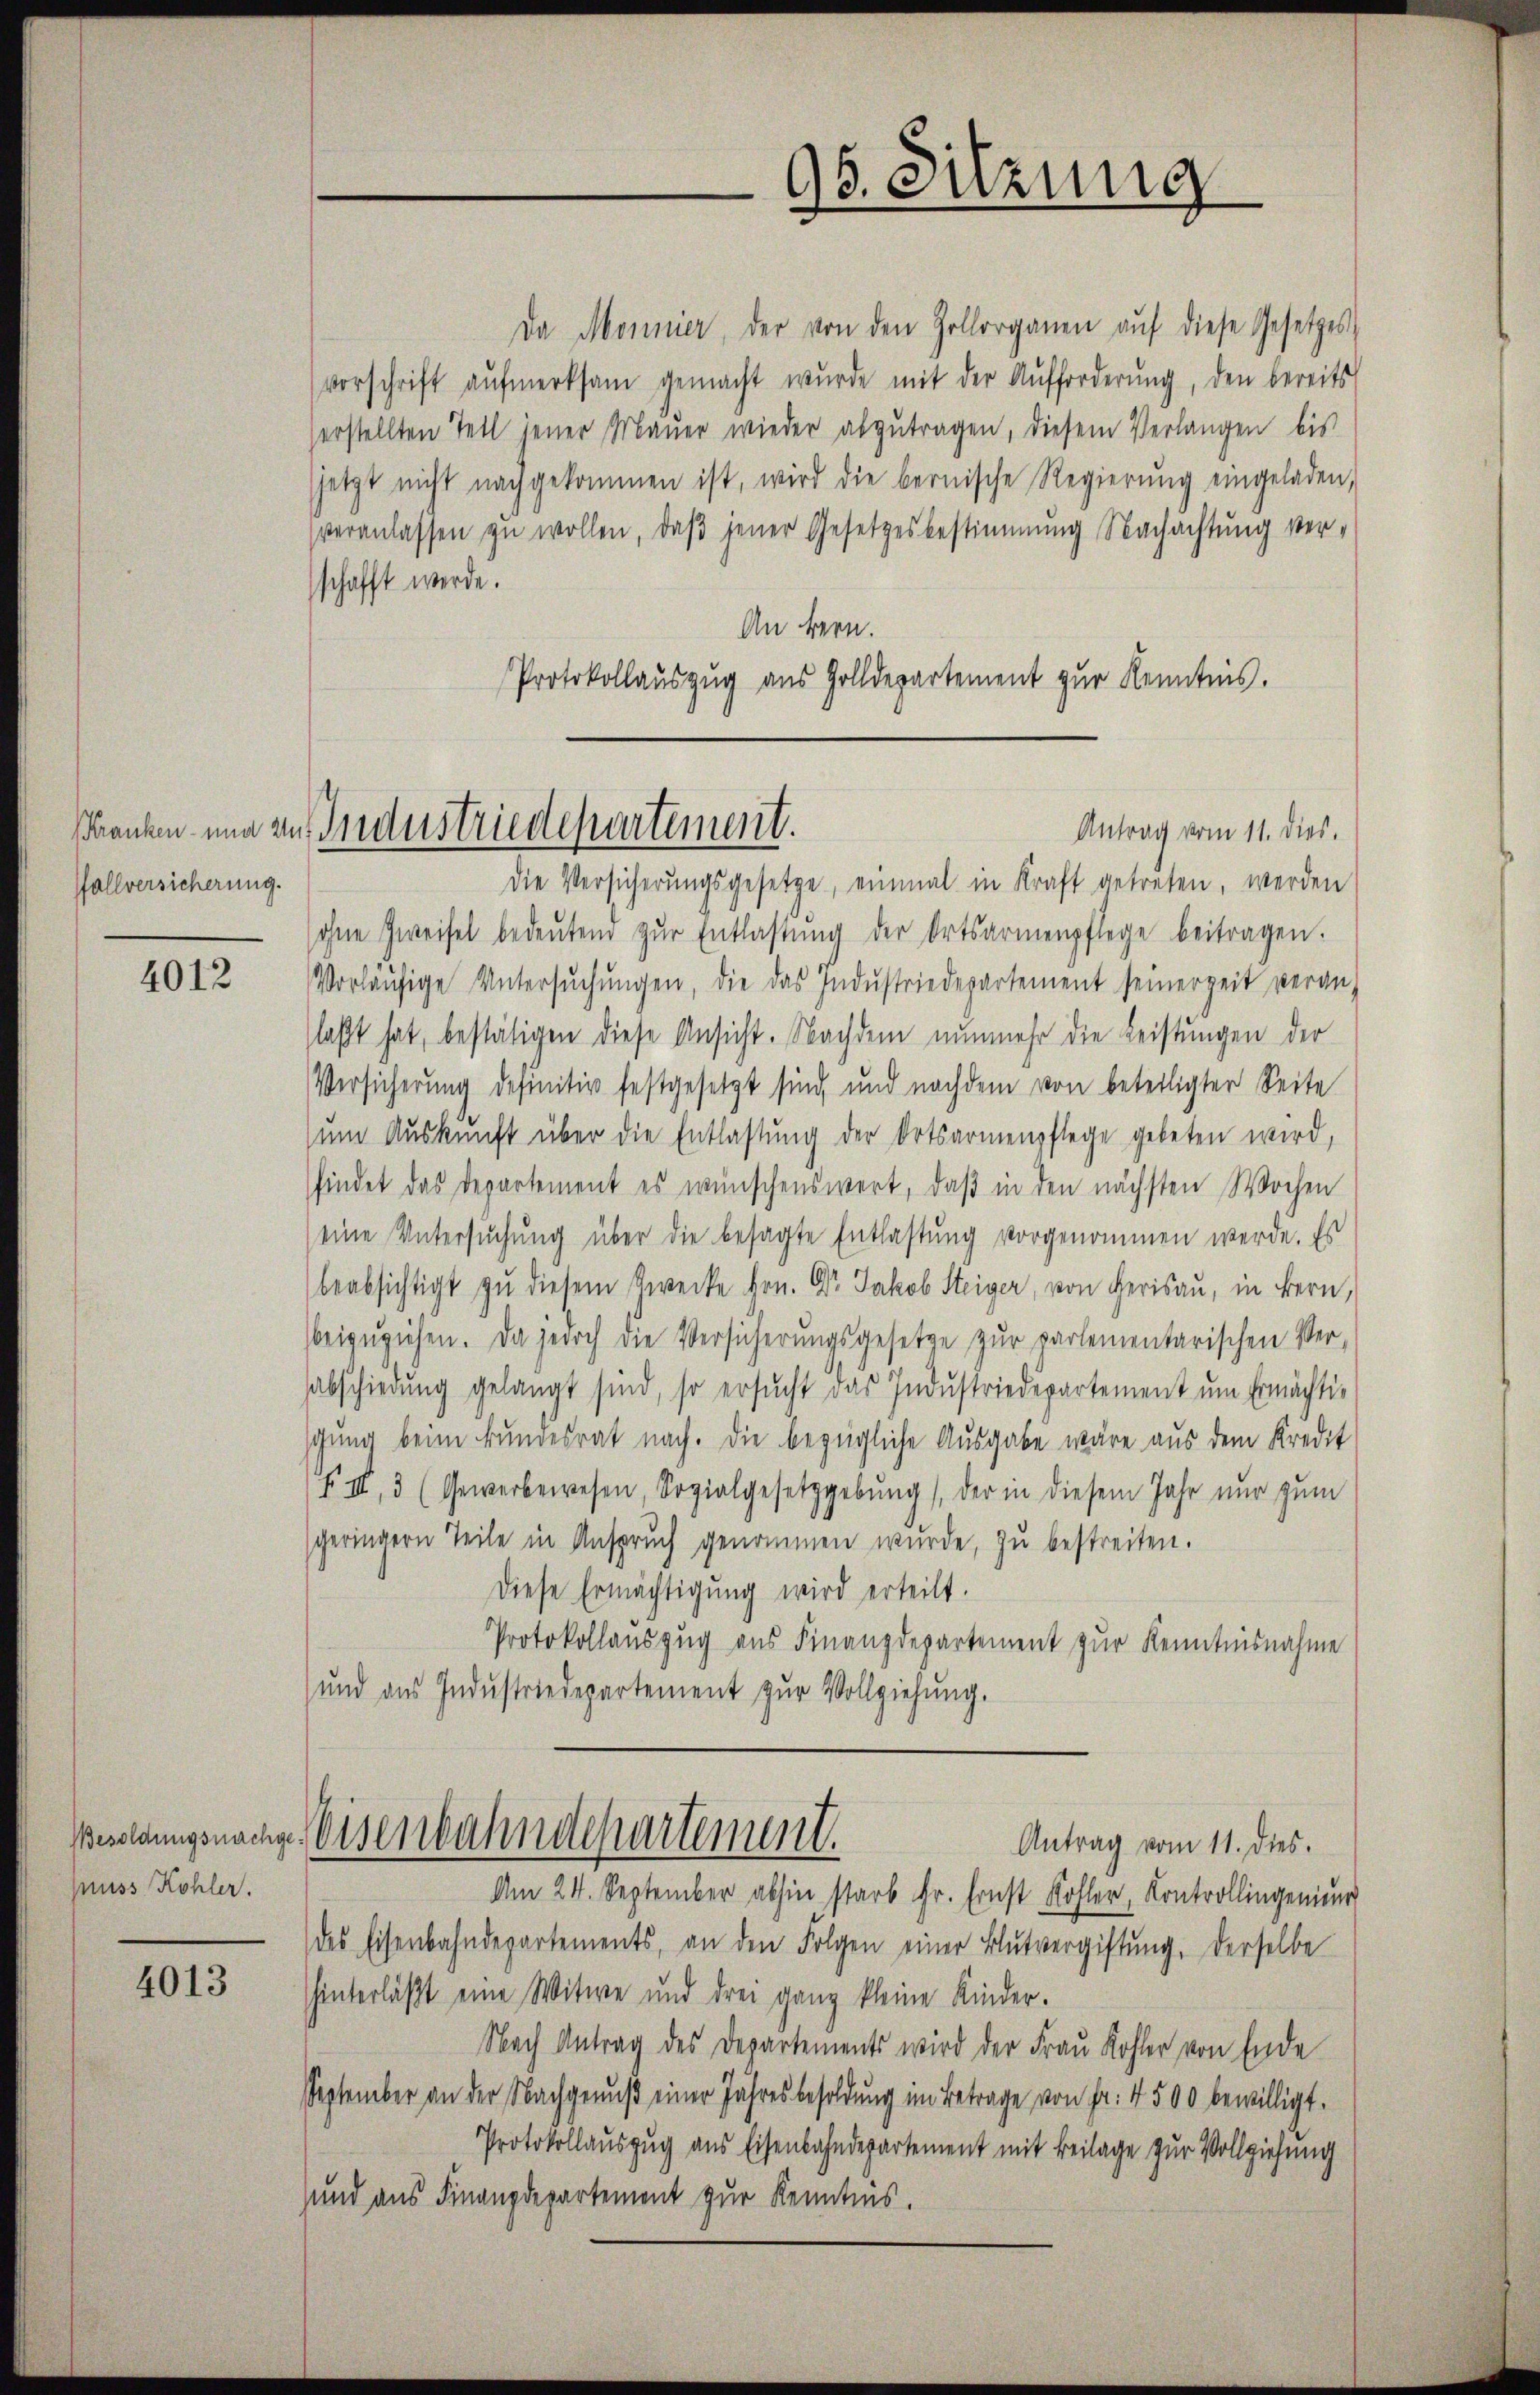
Kranken- und zu
allversicherung.

4012

Besoldungsnachge
nuss Kohler.

4013

Da Monnier, der von den Zollorganen aŭf diese Gesetzes
vorschrift aŭfmerksam gemacht wŭrde mit der Aŭfforderŭng, den bereits
erstellten Teil jener Maŭer wieder abzŭtragen, diesem Verlangen bis
jetzt nicht nachgekommen ist, wird die bernische Regierŭng eingeladen,
veranlassen zŭ wollen, daβ jener Gesetzesbestimmung Nachachtŭng ver-
schafft werde.
An bern.
Protokollauszug aus Zolldepartement zur Kenntnis.

Industriedepartement.

96. Sitzung

die Versicherŭngsgesetze, einmal in Kraft getreten, werden
sohne Zweifel bedeŭtend zŭr Entlastŭng der Ortsarmenpflege beitragen.
Vorläŭfige Untersŭchŭngen, die das Indŭstriedepartement seinerzeit veran-
laßt hat, bestätigen diese Ansicht. Nachdem nunmehr die Leistungen der
Versicherung definitiv festgesetzt sind, und nachdem von beteiligter Seite
ŭm Aŭskŭnft über die Entlastŭng der Ortsarmenpflege gebeten wird,
findet das Departement es wünschenswert, daß in den nächsten Wochen
eine Untersuchung über die besagte Entlastung vorgenommen werde. Es
beabsichtigt zu diesem Zwecke hrn. Dr. Jakob Steiger, von Herisau, in Bern,
beizŭziehen. Da jedoch die Versicherŭngsgesetze zŭr partementarischen Ver-
abschiedung gelangt sind, so ersucht das Industriedepartement um Ermächtischung beim Bundesrat nach. Die bezügliche Ausgabe wäre aus dem Kredit
§ II, 3 (Gewerbewesen, Sozialgesetzgebŭng der in diesem Jahr nur zum
sgeringern Teile in Ansprŭch genommen wurde, zu bestreiten.
Diese Ermächtigung wird erteilt.
Protokollauszug aus Finanzdepartement zur Kenntnisnahme
und aus Indŭstriedepartement zŭr Vollziehung.
Meisenbahndepartement.
Antrag vom 11. dies.
Am 24. September abhin starb fr. Ernst Kohler, Kontrollingenien
des Eisenbahndepartements, an den Folgen einer Blutvergiftŭng. Derselbe
hinterläßt eine Witwe und drei ganz kleine Kinder.
Nach Antrag des Departements wird der Frau Kohler von Ende
September an der Nachgenuß einer Jahresbesoldung im Betrage von Fr. 4500 bewilligt.
Protokollauszug aus Eisenbahndepartement mit Beilage zur Vollziehung
und aus Finanzdepartement zur Kenntnis.

Antrag vom 11. dies